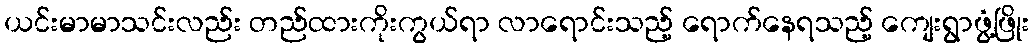
ယင်းမာမာသင်းလည်း တည်ထားကိုးကွယ်ရာ လာရောင်းသည့် ရောက်နေရသည့် ကျေးရွာဖွံ့ဖြိုး